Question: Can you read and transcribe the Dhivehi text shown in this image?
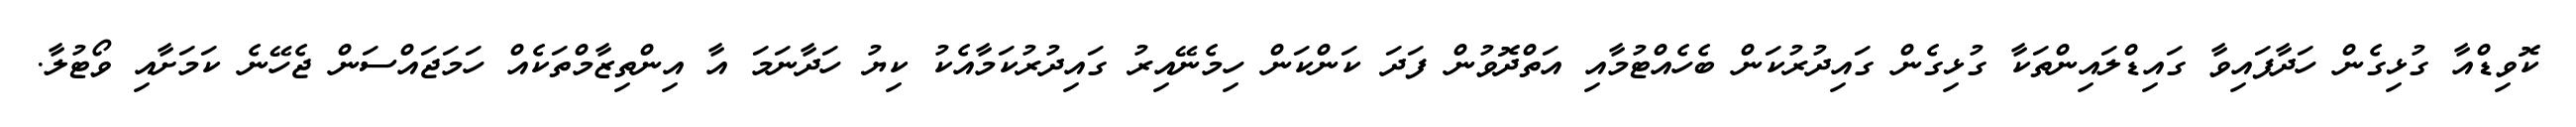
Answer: ކޮވިޑްއާ ގުޅިގެން ހަދާފައިވާ ގައިޑްލައިންތަކާ ގުޅިގެން ގައިދުރުކަން ބެހެއްޓުމާއި އަތްދޮވުން ފަދަ ކަންކަން ހިމެނޭއިރު ގައިދުރުކަމާއެކު ކިޔު ހަދާނަމަ އާ އިންތިޒާމްތަކެއް ހަމަޖައްސަން ޖެހޭނެ ކަމަށާއި ވޯޓުލާ.